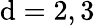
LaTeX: \mathrm{d}=2,3